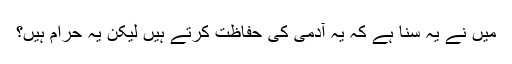
میں نے یہ سنا ہے کہ یہ آدمی کی حفاظت کرتے ہیں لیکن یہ حرام ہیں؟